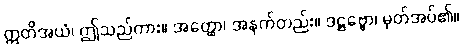
ဣတိအယံ၊ ဤသည်ကား။ အတ္ထော၊ အနက်တည်း။ ဒဋ္ဌဗ္ဗော၊ မှတ်အပ်၏။